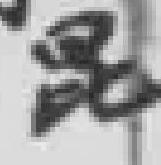
昆